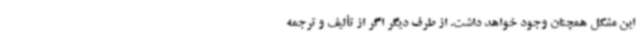
این مشکل همچنان وجود خواهد داشت. از طرف دیگر اگر از تألیف و ترجمه